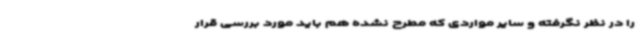
را در نظر نگرفته و سایر مواردی که مطرح نشده هم باید مورد بررسی قرار